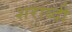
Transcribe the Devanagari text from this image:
शराब्दी